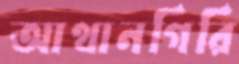
আথানগিরি